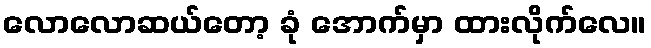
လောလောဆယ်တော့ ခုံ အောက်မှာ ထားလိုက်လေ။